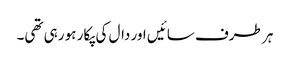
ہر طرف سائیں اور دال کی پکار ہو رہی تھی۔